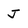
Character: J